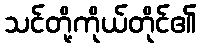
သင်တို့ကိုယ်တိုင်၏